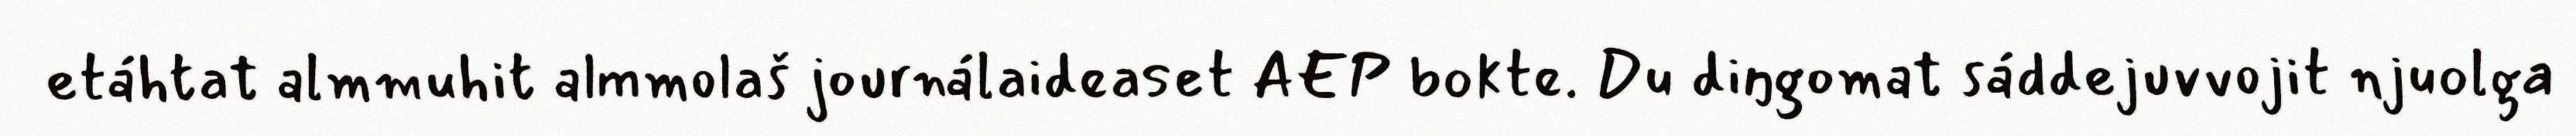
etáhtat almmuhit almmolaš journálaideaset AEP bokte. Du diŋgomat sáddejuvvojit njuolga